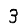
Digit: 3